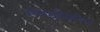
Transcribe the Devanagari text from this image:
स्पेक्ट्रमिकीय